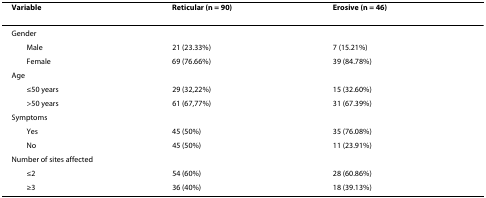
<table><thead><tr><td><b>Variable</b></td><td><b>Reticular (n = 90)</b></td><td><b>Erosive (n = 46)</b></td></tr></thead><tbody><tr><td>Gender</td><td></td><td></td></tr><tr><td> Male</td><td>21 (23.33%)</td><td>7 (15.21%)</td></tr><tr><td> Female</td><td>69 (76.66%)</td><td>39 (84.78%)</td></tr><tr><td>Age</td><td></td><td></td></tr><tr><td> ≤50 years</td><td>29 (32,22%)</td><td>15 (32.60%)</td></tr><tr><td> &gt;50 years</td><td>61 (67,77%)</td><td>31 (67.39%)</td></tr><tr><td>Symptoms</td><td></td><td></td></tr><tr><td> Yes</td><td>45 (50%)</td><td>35 (76.08%)</td></tr><tr><td> No</td><td>45 (50%)</td><td>11 (23.91%)</td></tr><tr><td>Number of sites affected</td><td></td><td></td></tr><tr><td> ≤2</td><td>54 (60%)</td><td>28 (60.86%)</td></tr><tr><td> ≥3</td><td>36 (40%)</td><td>18 (39.13%)</td></tr></tbody></table>